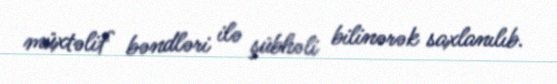
müxtəlif bəndləri ilə şübhəli bilinərək saxlanılıb.